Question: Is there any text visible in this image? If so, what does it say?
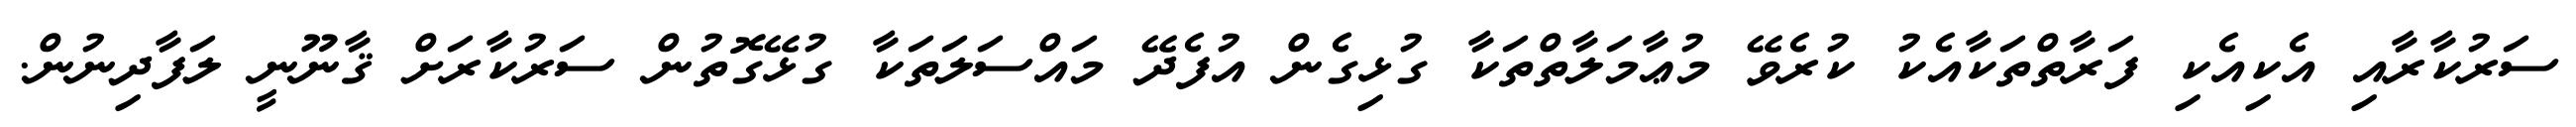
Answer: ސަރުކާރާއި އެކިއެކި ފަރާތްތަކާއެކު ކުރެވޭ މުޢާމަލާތްތަކާ ގުޅިގެން އުފެދޭ މައްސަލަތަކާ ގުޅޭގޮތުން ސަރުކާރަށް ޤާނޫނީ ލަފާދިނުން.